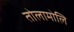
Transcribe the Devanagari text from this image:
तोलामोलि